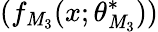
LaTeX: (f_{\mathit{M}_{3}}(x;\theta_{\mathit{M}_{3}}^{*}))